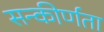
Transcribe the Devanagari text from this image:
सन्कीर्णता